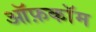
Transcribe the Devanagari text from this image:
ऑफ़कॉम